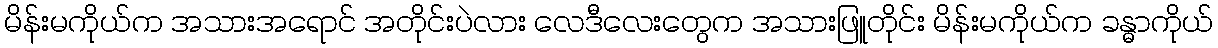
မိန်းမကိုယ်က အသားအရောင် အတိုင်းပဲလား လေဒီလေးတွေက အသားဖြူတိုင်း မိန်းမကိုယ်က ခန္ဓာကိုယ်